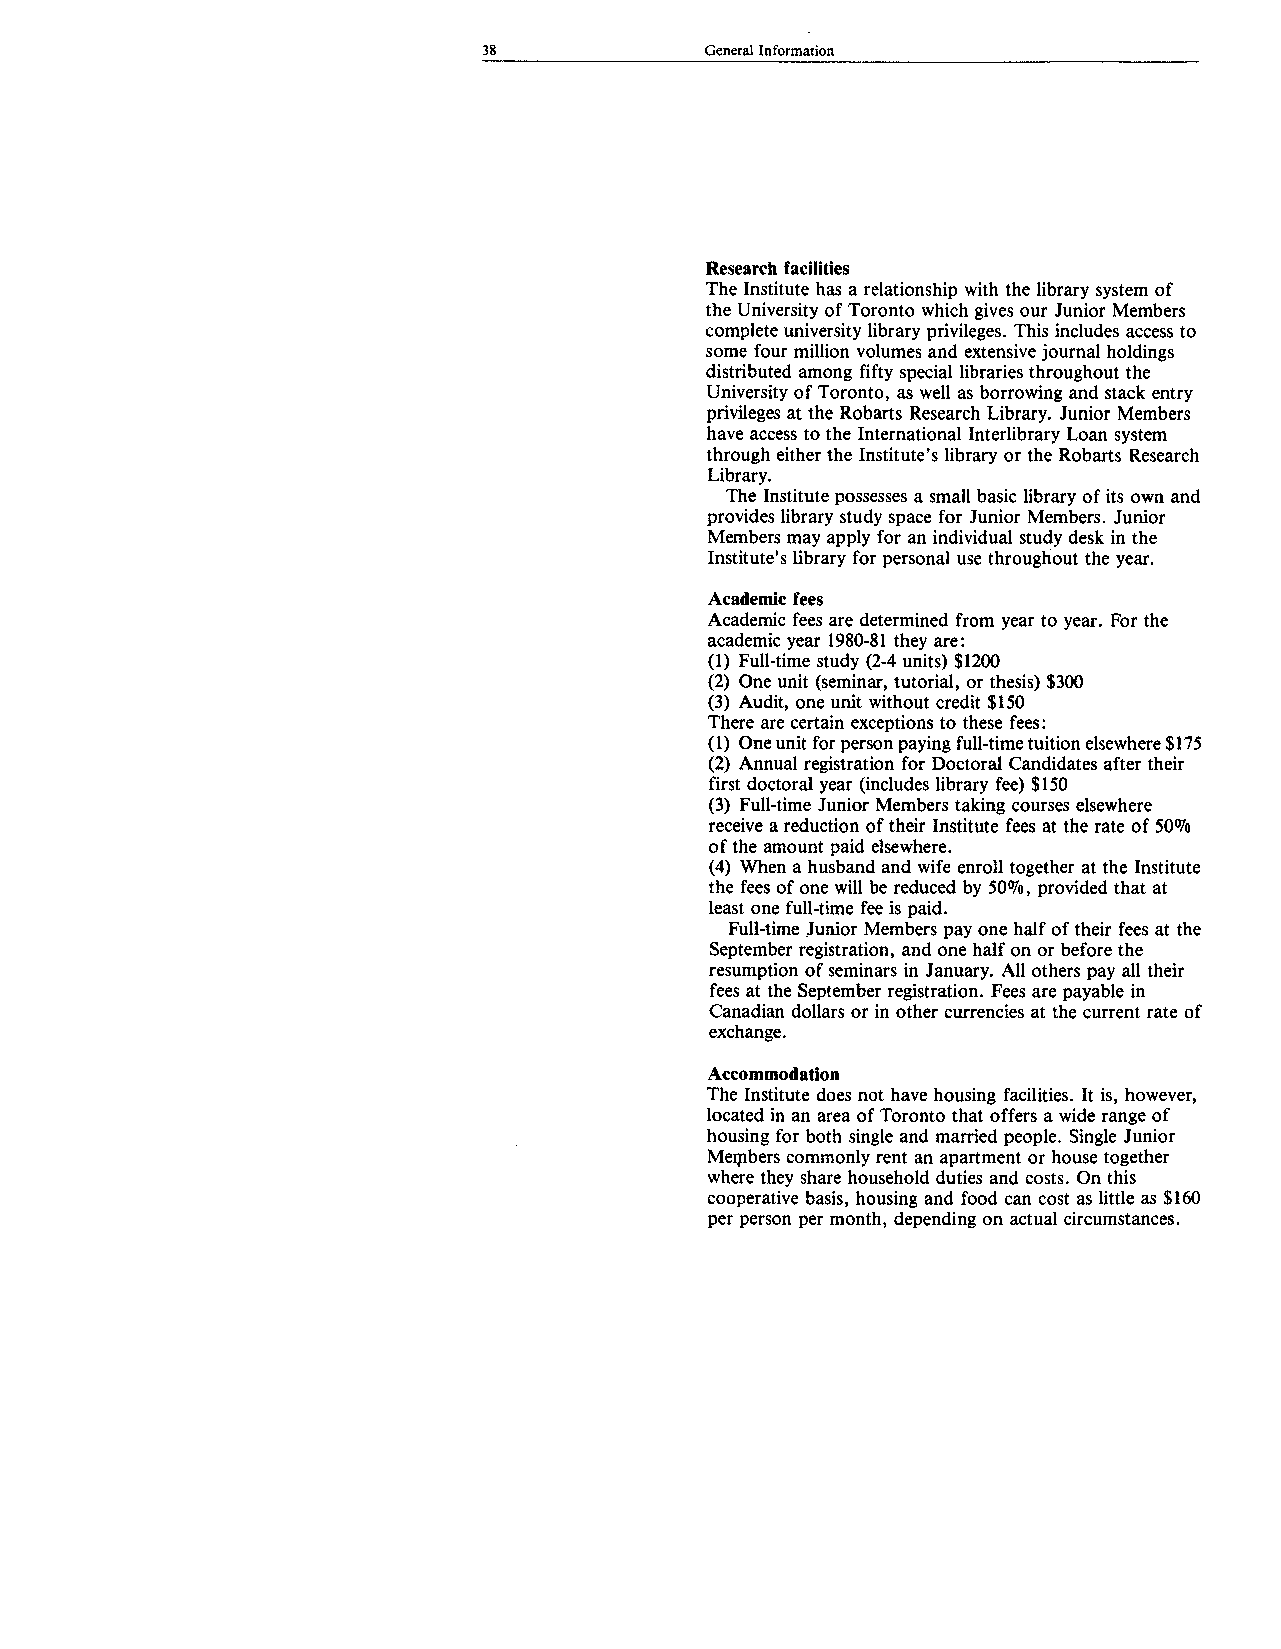
38             General Information
 Research facilities
 The Institute has a relationship with the library system of
 the University of Toronto which gives our Junior Members
 complete university library privileges. This includes access to
 some four million volumes and extensive journal holdings
 distributed among fifty special libraries throughout the
 University of Toronto, as well as borrowing and stack entry
 privileges at the Robarts Research Library. Junior Members
 have access to the International Interlibrary Loan system
 through either the Institute’s library or the Robarts Research
 Library.
 The Institute possesses a small basic library of its own and
 provides library study space for Junior Members. Junior
 Members may apply for an individual study desk in the
 Institute’s library for personal use throughout the year.
 Academic fees
 Academic fees are determined from year to year. For the
 academic year 1980-81 they are:
 (1) Full-time study (2-4 units) $1200
 (2) One unit (seminar, tutorial, or thesis) $300
 (3) Audit, one unit without credit $150
 There are certain exceptions to these fees:
 (1) One unit for person paying full-time tuition elsewhere $175
 (2) Annual registration for Doctoral Candidates after their
 first doctoral year (includes library fee) $150
 (3) Full-time Junior Members taking courses elsewhere
 receive a reduction of their Institute fees at the rate of 50%
 of the amount paid elsewhere.
 (4) When a husband and wife enroll together at the Institute
 the fees of one will be reduced by 50%, provided that at
 least one full-time fee is paid.
 Full-time Junior Members pay one half of their fees at the
 September registration, and one half on or before the
 resumption of seminars in January. All others pay all their
 fees at the September registration. Fees are payable in
 Canadian dollars or in other currencies at the current rate of
 exchange.
 Accommodation
 The Institute does not have housing facilities. It is, however,
 located in an area of Toronto that offers a wide range of
 housing for both single and married people. Single Junior
 Meijibers commonly rent an apartment or house together
 where they share household duties and costs. On this
 cooperative basis, housing and food can cost as little as $160
 per person per month, depending on actual circumstances.